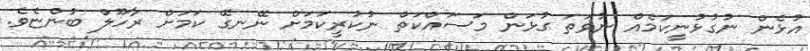
އުޅެން ނުގުޅުނީކަމެއް ނުވަތަ ގުޅަން މަސައްކަތް ނުކުރީކަމަށް ނޭނގޭ ކަމަށް ރާހޫލް ބުންޏެވެ.